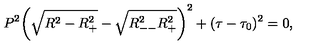
P ^ { 2 } \bigg ( \sqrt { R ^ { 2 } - R _ { + } ^ { 2 } } - \sqrt { R _ { -- } ^ { 2 } R _ { + } ^ { 2 } } \bigg ) ^ { 2 } + ( \tau - \tau _ { 0 } ) ^ { 2 } = 0 ,